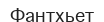
Фантхьет